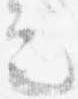
定